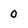
Character: 0